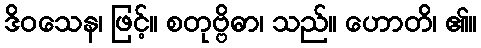
ဒိဝသေန၊ ဖြင့်။ စတုဗ္ဗိဓာ၊ သည်။ ဟောတိ၊ ၏။